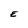
Character: E